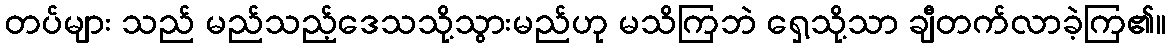
တပ်များ သည် မည်သည့်ဒေသသို့သွားမည်ဟု မသိကြဘဲ ရှေ့သို့သာ ချီတက်လာခဲ့ကြ၏။